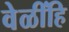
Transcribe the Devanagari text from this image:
वेळींहि